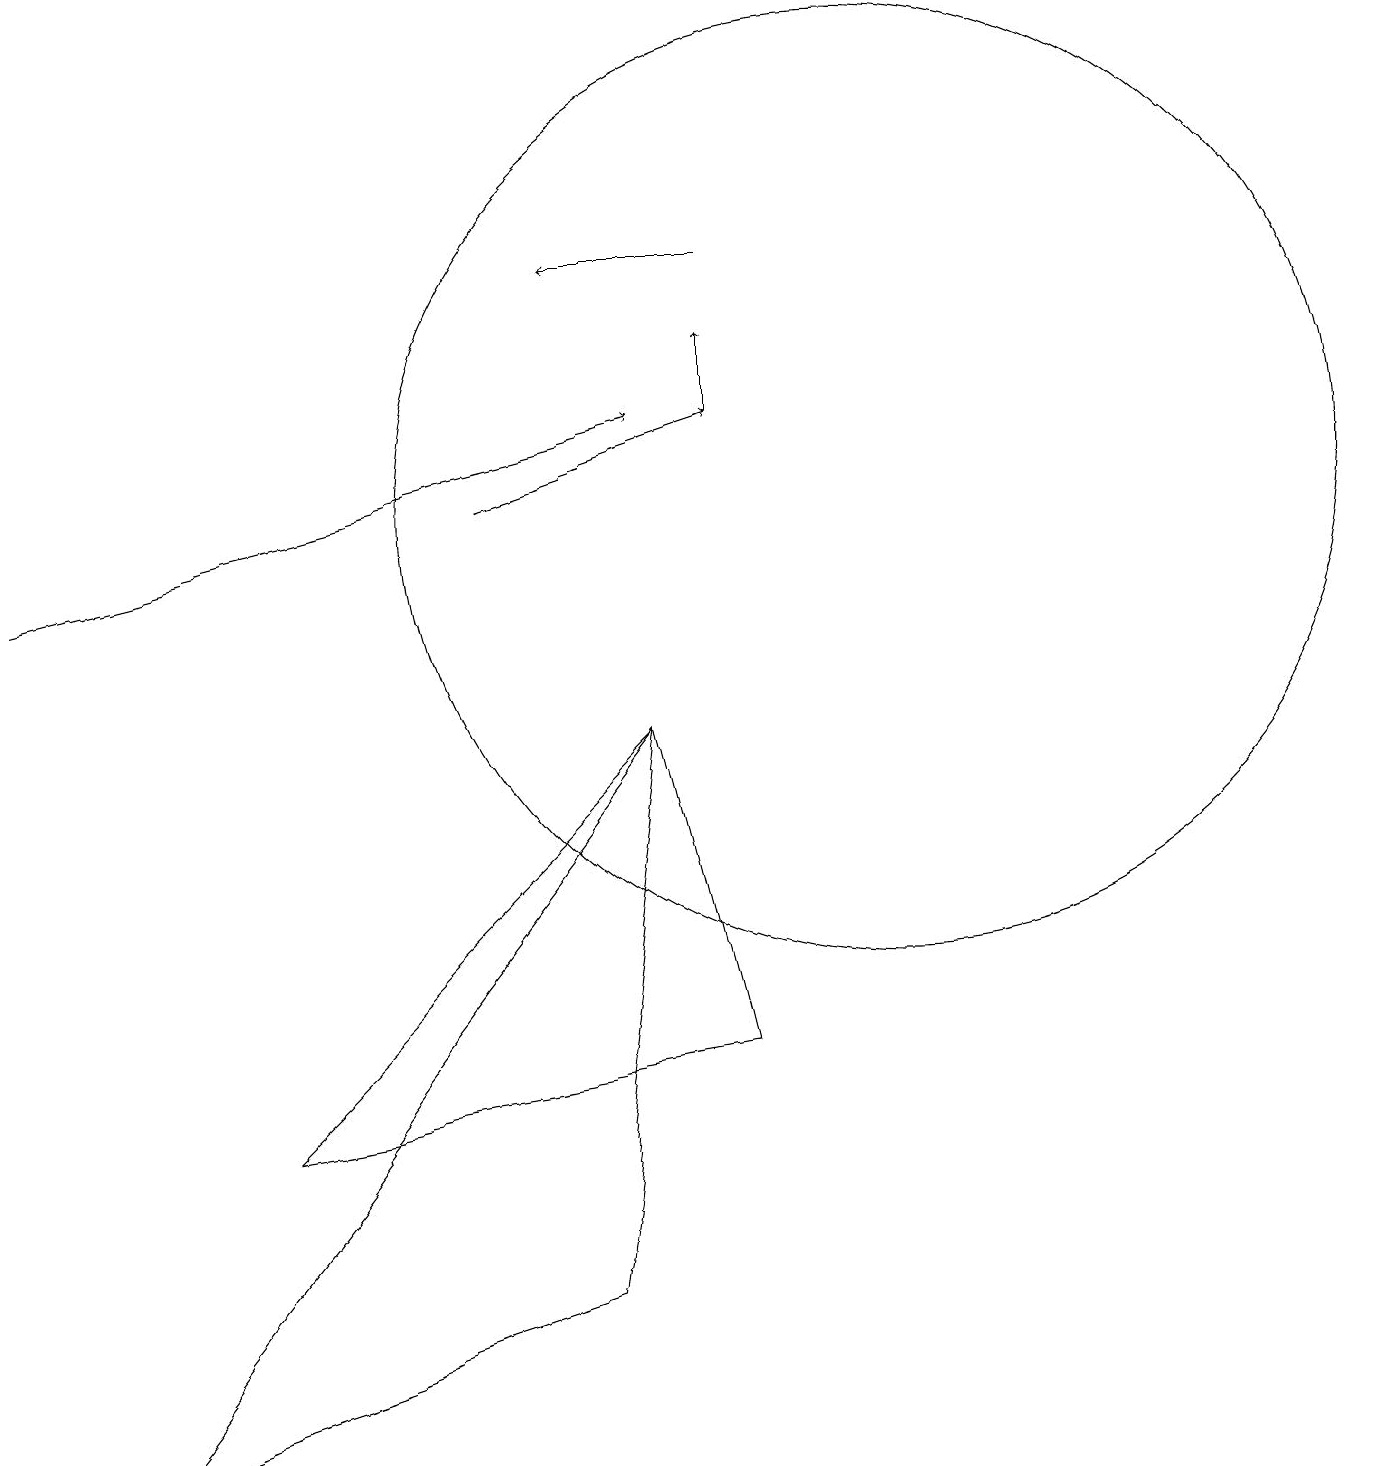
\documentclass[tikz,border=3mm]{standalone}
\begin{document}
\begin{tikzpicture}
\draw (7,2) -- (1,0) -- (8,9) -- cycle;
\draw[->] (6,12) -- (9,13);
\draw (3,4) -- (9,5) -- (8,9) -- cycle;
\draw (10,11) circle (0);
\draw[->] (0,11) -- (8,13);
\draw[->] (9,13) -- (9,14);
\draw[->] (9,15) -- (7,15);
\draw (11,12) circle (6);
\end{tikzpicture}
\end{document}